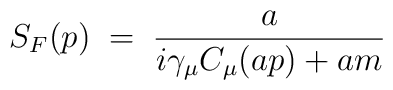
S_F (p) \;=\; \frac{a}{i \gamma_\mu C_\mu(a p) + a m}